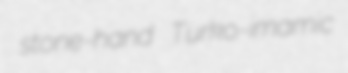
stone-hand Turko-imamic